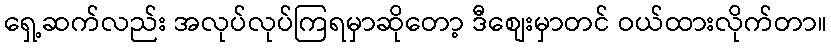
ရှေ့ဆက်လည်း အလုပ်လုပ်ကြရမှာဆိုတော့ ဒီစျေးမှာတင် ဝယ်ထားလိုက်တာ။